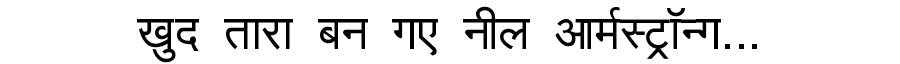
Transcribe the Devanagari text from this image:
खुद तारा बन गए नील आर्मस्ट्रॉन्ग...